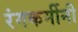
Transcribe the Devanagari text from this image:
रंगकर्मीनी